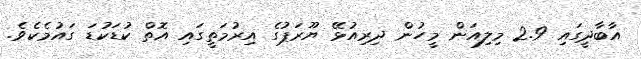
އާބާދީގައި 2.9 މިލިއަން މީހުން ދިރިއުޅޭ ޔޫރަޕުގެ އިރުމަތީގައި އޮތް ކުޑަކުޑަ ގައުމެކެވެ.